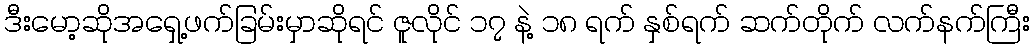
ဒီးမော့ဆိုအရှေ့ဖက်ခြမ်းမှာဆိုရင် ဇူလိုင် ၁၇ နဲ့ ၁၈ ရက် နှစ်ရက် ဆက်တိုက် လက်နက်ကြီး